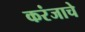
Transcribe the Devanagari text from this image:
करंजाचे